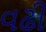
વઢી